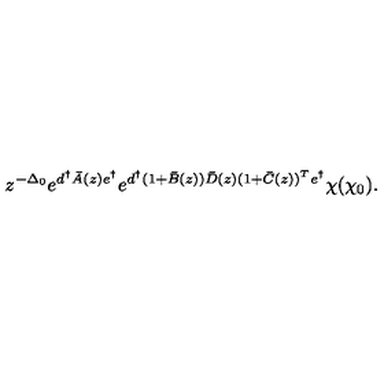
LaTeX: z ^ { - \Delta _ { 0 } } e ^ { d ^ { \dagger } \bar { A } ( z ) e ^ { \dagger } } e ^ { d ^ { \dagger } ( 1 + \bar { B } ( z ) ) \bar { D } ( z ) ( 1 + \bar { C } ( z ) ) ^ { T } e ^ { \dagger } } \chi ( \chi _ { 0 } ) .